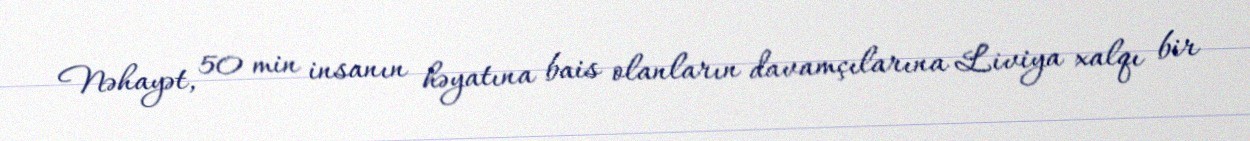
Nəhayət, 50 min insanın həyatına bais olanların davamçılarına Liviya xalqı bir